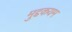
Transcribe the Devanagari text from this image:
मुद्दकयम